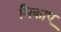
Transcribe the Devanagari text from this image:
मिकाए